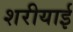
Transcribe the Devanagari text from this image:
शरीयाई